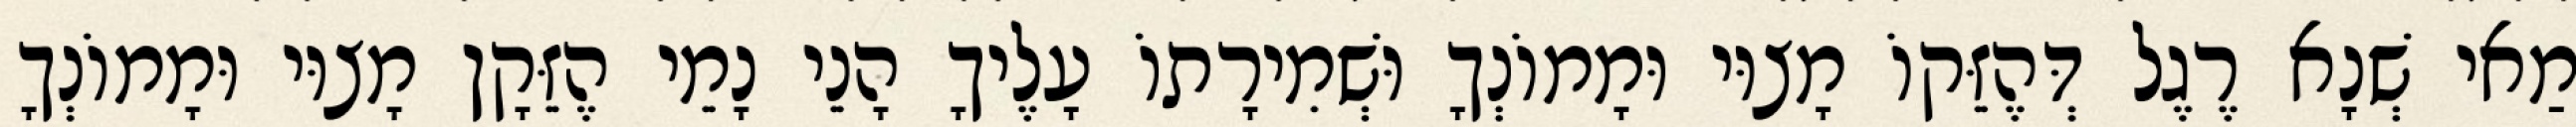
מַאי שְׁנָא רֶגֶל דְּהֶזֵּקוֹ מָצוּי וּמָמוֹנְךָ וּשְׁמִירָתוֹ עָלֶיךָ הָנֵי נָמֵי הֶזֵּקָן מָצוּי וּמָמוֹנְךָ